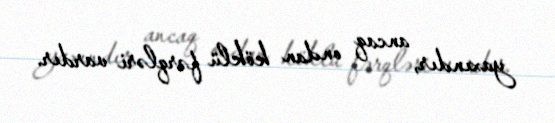
yaxındır, ancaq ondan köklü fərqləri vardır.